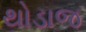
થોડાજ